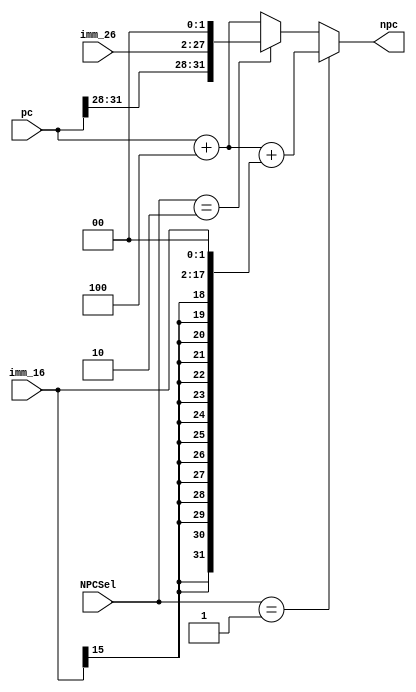
`timescale 1ns/1ns
module npc(imm_16,imm_26,pc,npc,NPCSel);
    input [15:0] imm_16;
    input [25:0] imm_26;
    input [31:0] pc;
    output [31:0] npc;
    input [1:0] NPCSel;
    
    assign npc=(NPCSel=='b01)?(pc+3'b100+{{14{imm_16[15]}},imm_16,2'b00}):(NPCSel==2'b10)?({pc[31:28],imm_26,2'b00}):(pc+3'b100);
    
endmodule